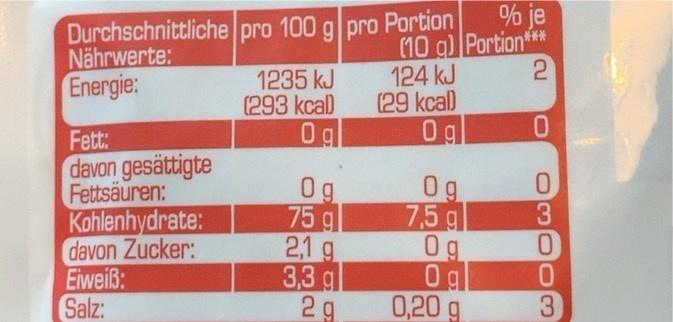
% je
Durchschnittliche pro 100 g pro Portion Nährwerte: Energie:
1235 kJ (293 kcal) 0g
(10 g) Portion** 124 kJ (29 kcal) 0g
Fett: davon gesättigte Fettsäuren: Kohlenhydrate: davon Zucker: Eiweiß: Salz:
0g 75 g 2,1 g 3,3 gl 2 g
0g 7,5 g 0g 0g 0,20 g
3.